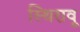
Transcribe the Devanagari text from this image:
स्थिरावू